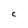
Character: C